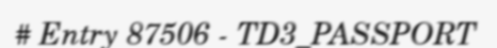
# Entry 87506 - TD3_PASSPORT